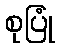
စုပြုံ